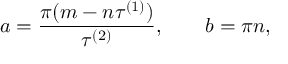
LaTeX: a = { \frac { \pi ( { m - n } \tau ^ { ( 1 ) } ) } { \tau ^ { ( 2 ) } } } , \qquad b = \pi { n } ,